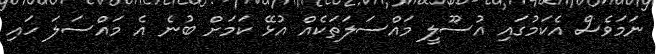
ނަމަވެސް އެކަމުގައި އުސޫލީ މައްސަލަތަކެއް އުޅޭ ކަމަށް ބުނެ އެ މައްސަލަ ހައި